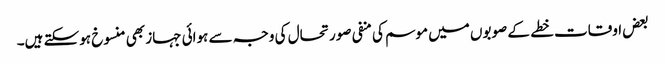
بعض اوقات خطے کے صوبوں میں موسم کی منفی صورتحال کی وجہ سے ہوائی جہاز بھی منسوخ ہوسکتے ہیں۔